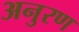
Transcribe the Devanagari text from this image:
अनुरण